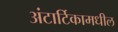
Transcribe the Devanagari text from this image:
अंटार्टिकामधील